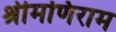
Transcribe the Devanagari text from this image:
श्रीमणिराम